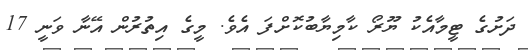
ދަށުގެ ޓީމާއެކު ޔޫރޯ ކާމިޔާބުކޮށްފަ އެވެ. މީގެ އިތުރުން އޭނާ ވަނީ 17